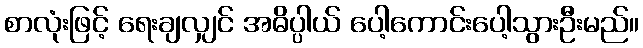
စာလုံးဖြင့် ရေးချလျှင် အဓိပ္ပါယ် ပေါ့ကောင်းပေါ့သွားဦးမည်။